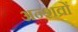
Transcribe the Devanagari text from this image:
अन्शव्रों